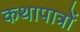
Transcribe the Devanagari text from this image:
कथापात्रों